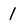
Character: 1